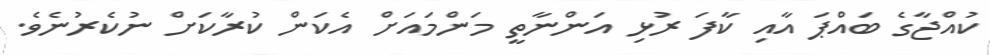
ކުއްޖާގެ ބައްޕަ އާއި ކާފަ ރުޅި އަންނާތީ މަންމައަށް އެކަން ކުރާކަށް ނުކެރުނެވެ.